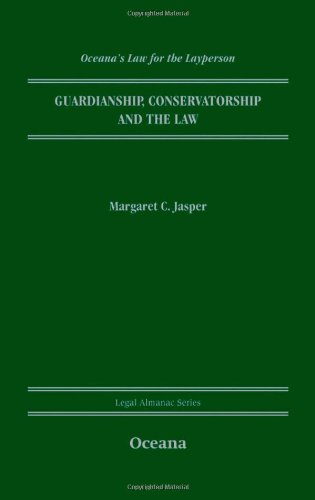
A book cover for Guardianship, Conservatorship and the Law (Legal Almanac Series); Margaret C. Jasper; Law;